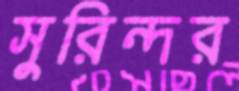
সুরিন্দর